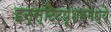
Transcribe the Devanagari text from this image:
इन्स्टिटयूशनमध्ये